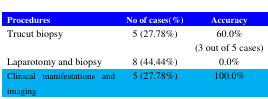
<table><thead><tr><td><b>Procedures</b></td><td><b>No of cases(%)</b></td><td><b>Accuracy</b></td></tr></thead><tbody><tr><td>Trucut biopsy</td><td>5 (27.78%)</td><td>60.0%(3 out of 5 cases)</td></tr><tr><td>Laparotomy and biopsy</td><td>8 (44.44%)</td><td>0.0%</td></tr><tr><td>Clinical manifestations and imaging</td><td>5 (27.78%)</td><td>100.0%</td></tr></tbody></table>